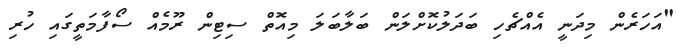
"އަހަރެން މިދަނީ އެއްޗެހި ބަދަލުކޮށްލަން ބަލާބަލަ މިއޮތް ސިޓިން ރޫމެއް ސޯފާމަތީގައި ހުރި